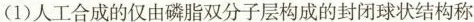
(1)人工合成的仅由磷脂双分子层构成的封闭球状结构称